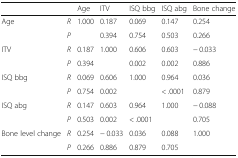
| <COLSPAN=2>  | Age | ITV | ISQ bbg | ISQ abg | Bone change |
 | --- | --- | --- | --- | --- | --- | --- |
 | <ROWSPAN=2> Age | R | 1.000 | 0.187 | 0.069 | 0.147 | 0.254 |
 | P |  | 0.394 | 0.754 | 0.503 | 0.266 |
 | <ROWSPAN=2> ITV | R | 0.187 | 1.000 | 0.606 | 0.603 | − 0.033 |
 | P | 0.394 |  | 0.002 | 0.002 | 0.886 |
 | <ROWSPAN=2> ISQ bbg | R | 0.069 | 0.606 | 1.000 | 0.964 | 0.036 |
 | P | 0.754 | 0.002 |  | < .0001 | 0.879 |
 | <ROWSPAN=2> ISQ abg | R | 0.147 | 0.603 | 0.964 | 1.000 | − 0.088 |
 | P | 0.503 | 0.002 | < .0001 |  | 0.705 |
 | <ROWSPAN=2> Bone level change | R | 0.254 | − 0.033 | 0.036 | 0.088 | 1.000 |
 | P | 0.266 | 0.886 | 0.879 | 0.705 |  |